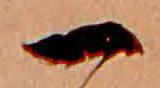
一